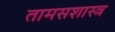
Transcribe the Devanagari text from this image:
तामसशास्त्र